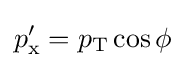
p'_{\text{x}}=p_{\text{T}}\cos \phi